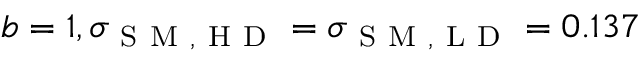
b = 1 , \sigma _ { \mathrm { ~ S ~ M ~ , ~ H ~ D ~ } } = \sigma _ { \mathrm { ~ S ~ M ~ , ~ L ~ D ~ } } = 0 . 1 3 7